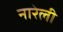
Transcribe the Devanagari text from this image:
नारेली